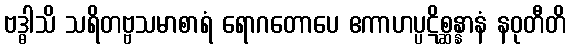
ဗဒ္ဓါသိ သရိတဗ္ဗသမာစာရံ ရောဂတောပေ ဧကာဟပ္ပဋိစ္ဆန္နာနံ နဝုတီတိ